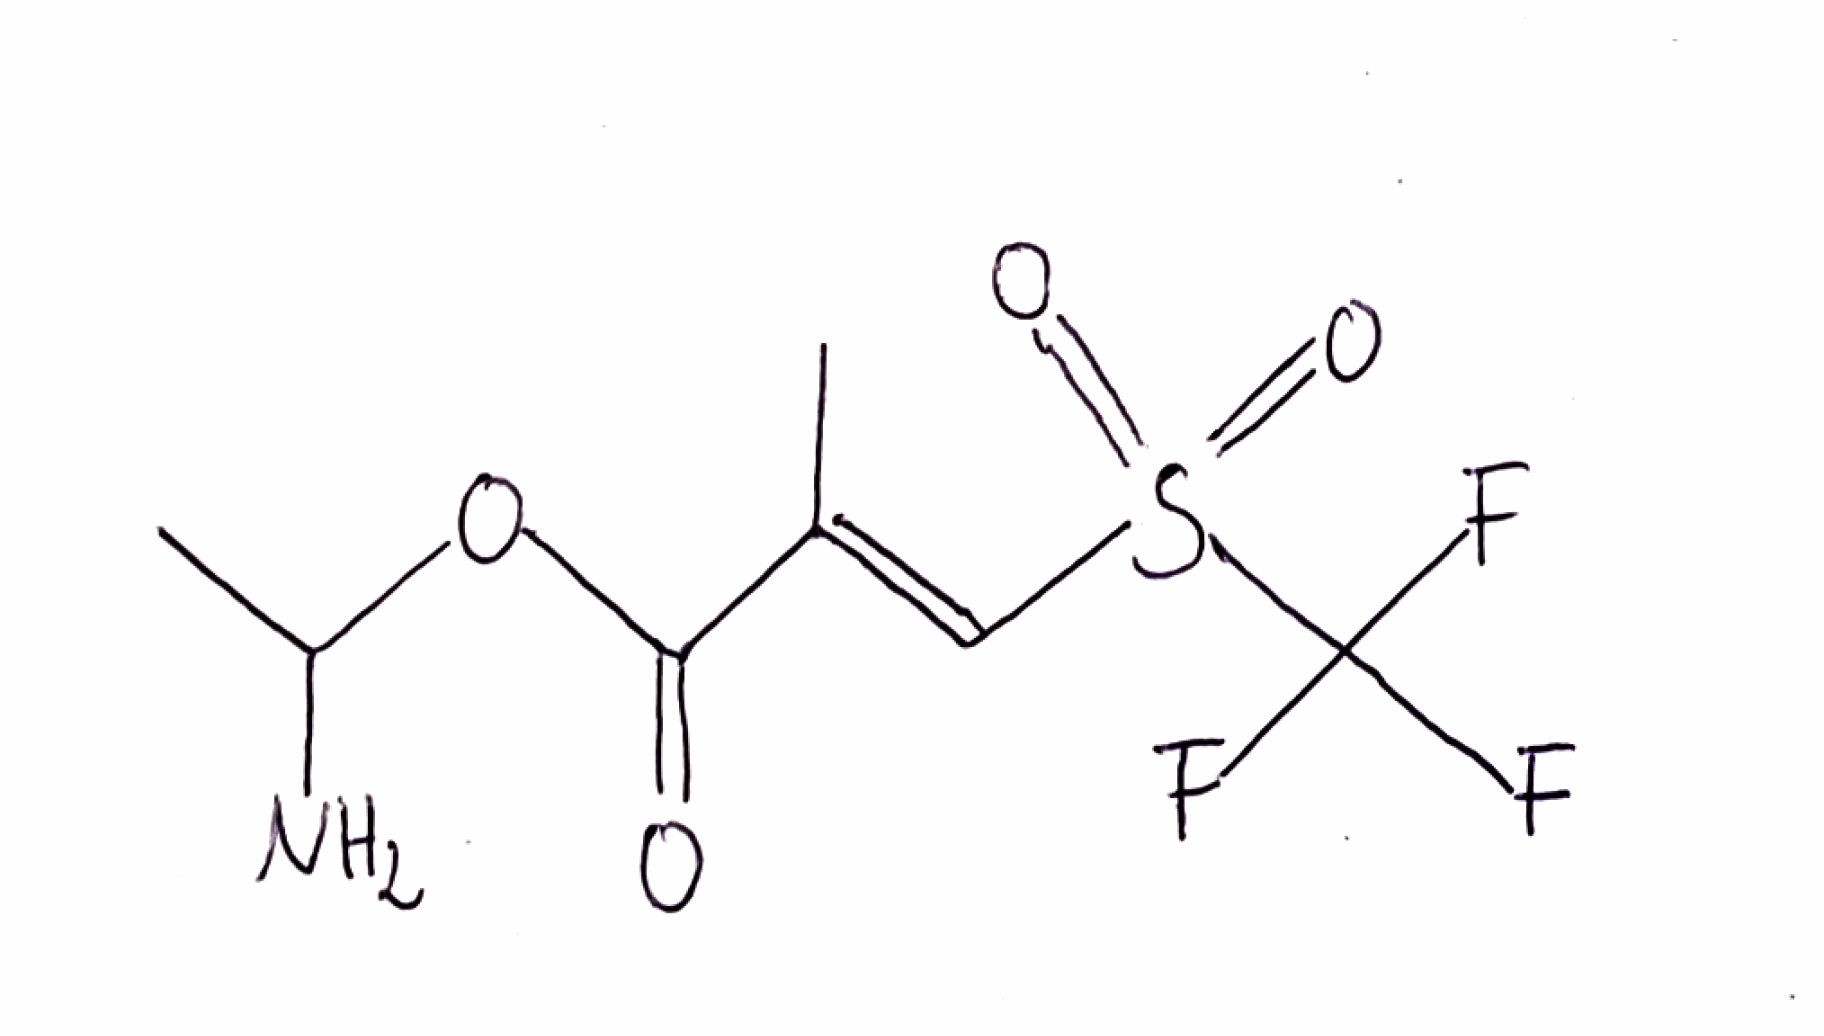
Simplified molecular-input line-entry system (SMILES) notation of the given molecule:
CC(N)OC(=O)/C(=C/S(=O)(=O)C(F)(F)F)/C